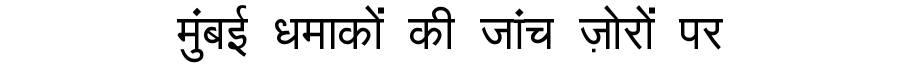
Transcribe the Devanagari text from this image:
मुंबई धमाकों की जांच ज़ोरों पर